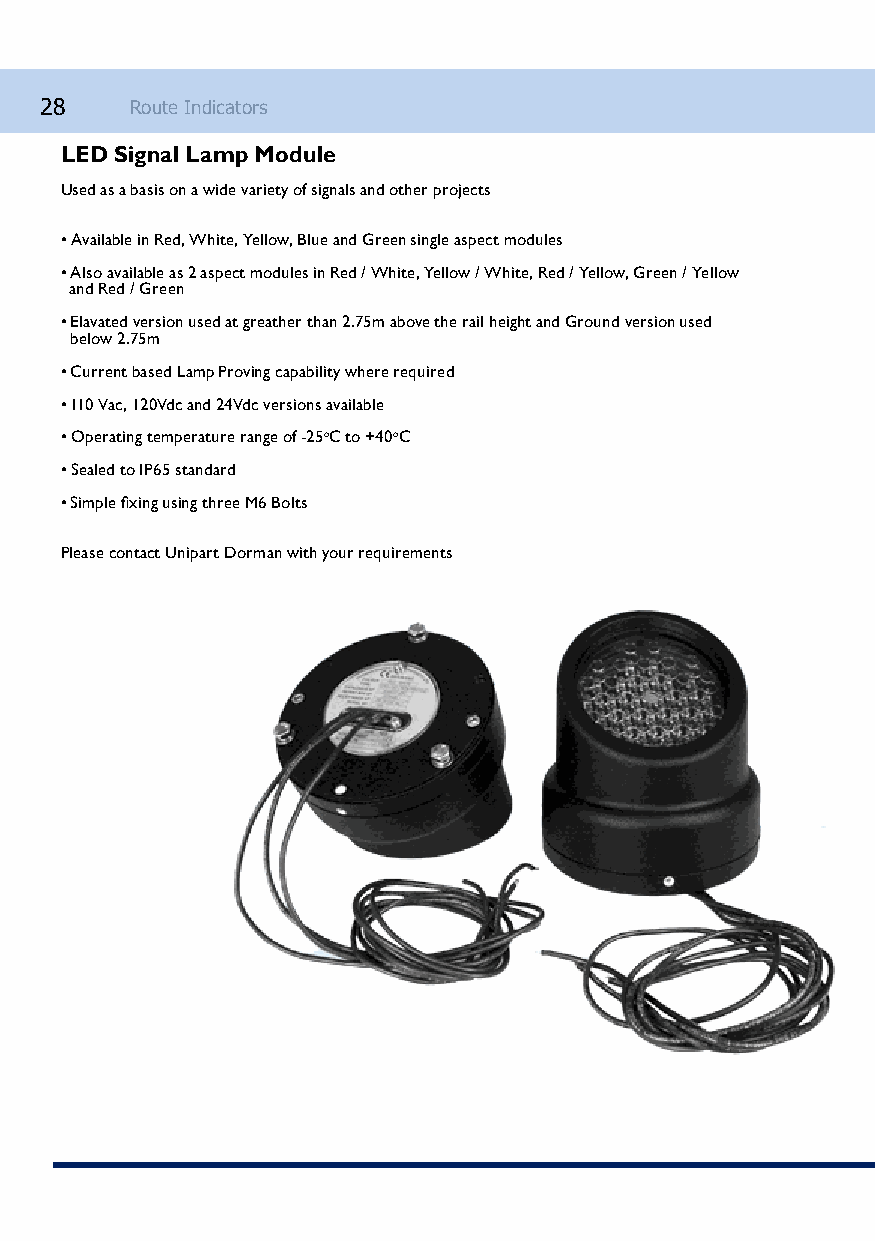
28    Route Indicators
 LED Signal Lamp Module
 Used as a basis on a wide variety of signals and other projects
 • Available in Red, White, Yellow, Blue and Green single aspect modules
 • Also available as 2 aspect modules in Red / White, Yellow / White, Red / Yellow, Green / Yellow
 and Red / Green
 • Elavated version used at greather than 2.75m above the rail height and Ground version used
 below 2.75m
 • Current based Lamp Proving capability where required
 • 110 Vac, 120Vdc and 24Vdc versions available
 • Operating temperature range of -25oC to +40oC
 • Sealed to IP65 standard
 • Simple fixing using three M6 Bolts
 Please contact Unipart Dorman with your requirements